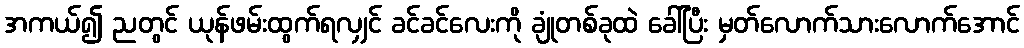
အကယ်၍ ညတွင် ယုန်ဖမ်းထွက်ရလျှင် ခင်ခင်လေးကို ချုံတစ်ခုထဲ ခေါ်ပြီး မှတ်လောက်သားလောက်အောင်